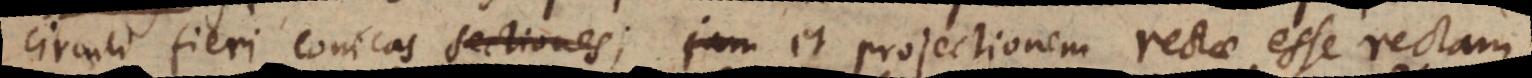
circuli fieri Conicas; et projectionem rectae esse rectam.